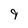
Character: 9